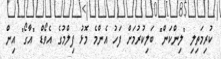
ކުރިމަތިލި "ލިންކަން" ބަލިކުރުމަށް ފަހު އެންމެ މޮޅު ފިލްމުގެ އެވޯޑް "އާގޯ" އިން